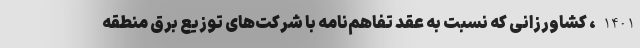
1401، کشاورزانی که نسبت به عقد تفاهم‌نامه با شرکت‌های توزیع برق منطقه